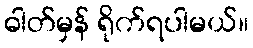
ဓါတ်မှန် ရိုက်ရပါမယ်။